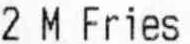
2 M FRIES